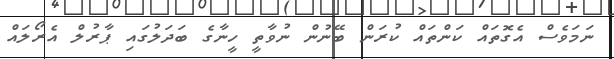
ނަމަވެސް އެގޮތައް ކަންތައް ކުރަން ބޭނުން ނުވާތީ ހީނާގެ ބަދަލުގައި ޕާރުލް އެރޯލައް